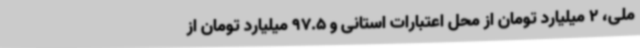
ملی، 2 میلیارد تومان از محل اعتبارات استانی و 97.5 میلیارد تومان از